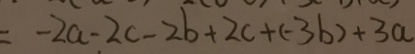
= - 2 a - 2 c - 2 b + 2 c + ( - 3 b ) + 3 a